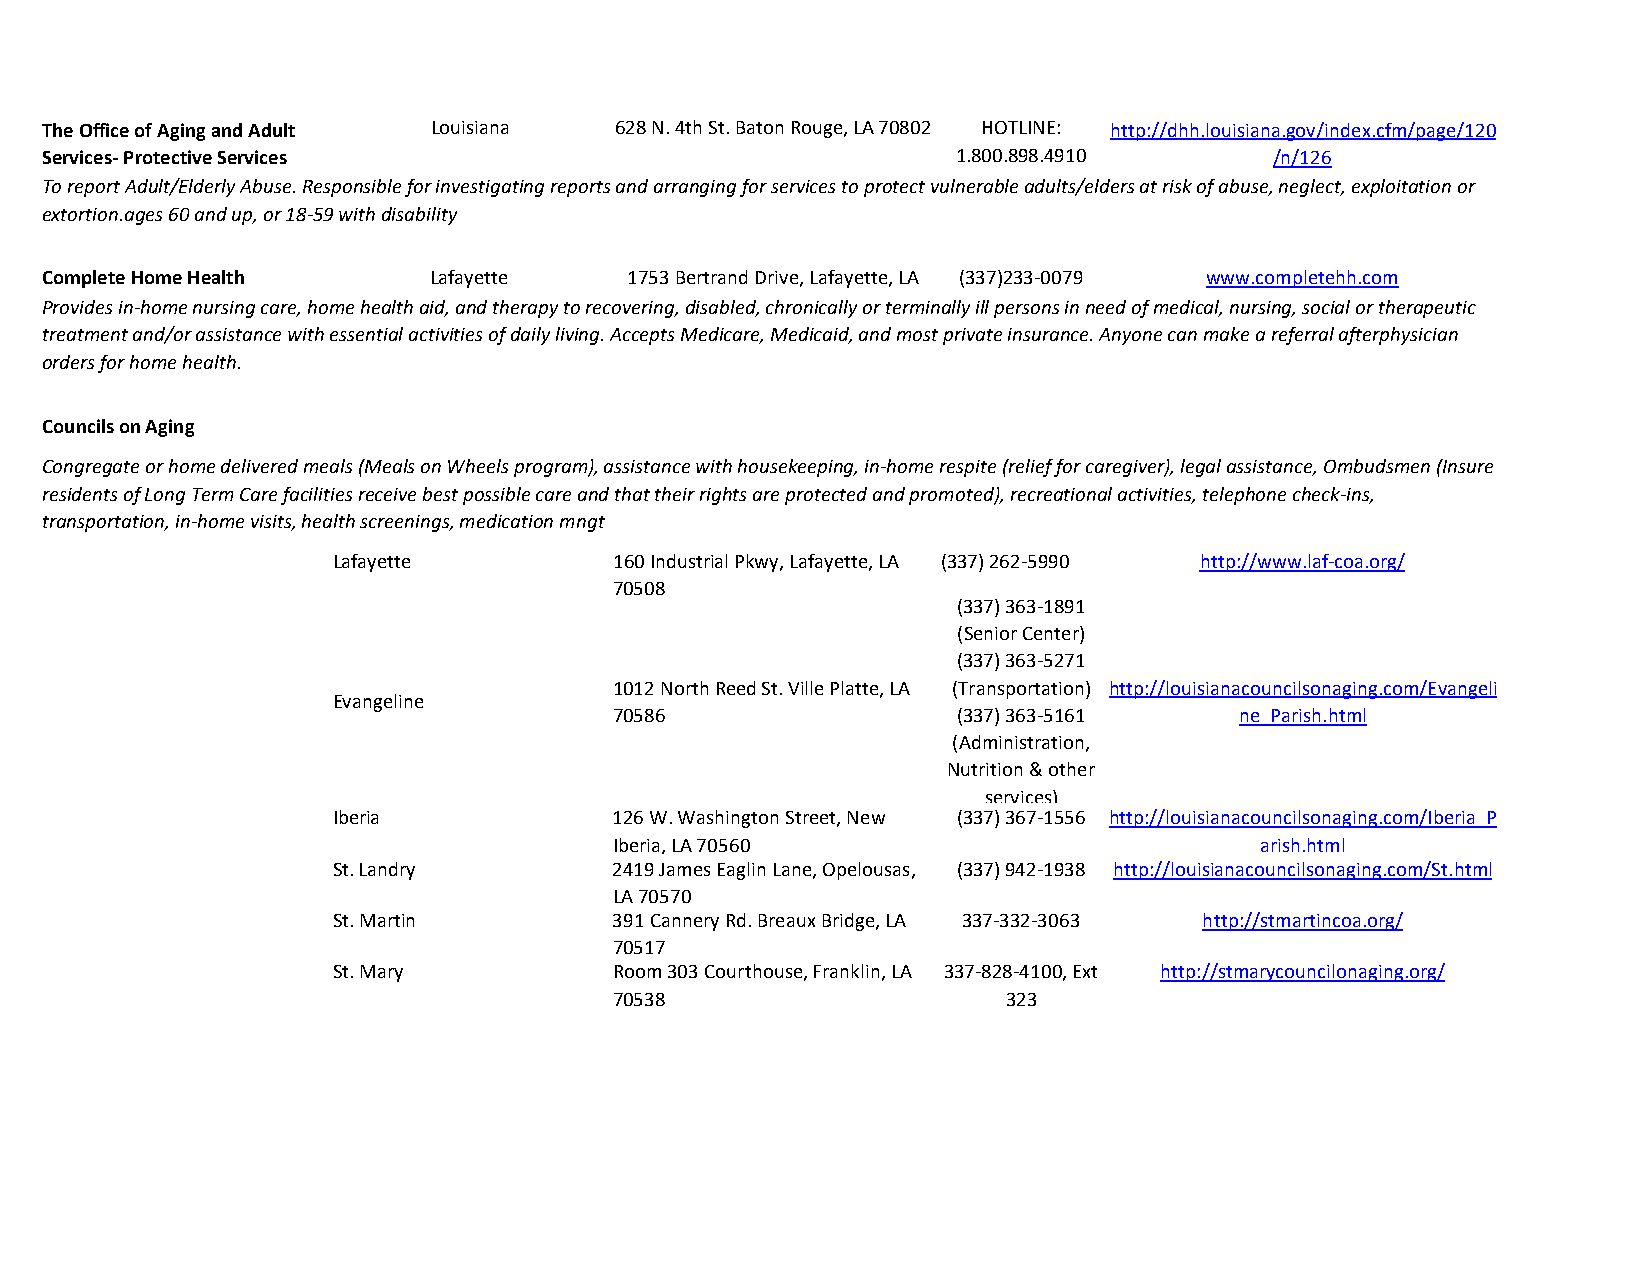
The Office of Aging and Adult Louisiana 628 N. 4th St. Baton Rouge, LA 70802 HOTLINE: http://dhh.louisiana.gov/index.cfm/page/120
 Services- Protective Services                               1.800.898.4910       /n/126
 To report Adult/Elderly Abuse. Responsible for investigating reports and arranging for services to protect vulnerable adults/elders at risk of abuse, neglect, exploitation or
 extortion.ages 60 and up, or 18-59 with disability
 Complete Home Health     Lafayette     1753 Bertrand Drive, Lafayette, LA (337)233-0079 www.completehh.com
 Provides in-home nursing care, home health aid, and therapy to recovering, disabled7,0 c5h0r6onically or terminally ill persons in need of medical, nursing, social or therapeutic
 treatment and/or assistance with essential activities of daily living. Accepts Medicare, Medicaid, and most private insurance. Anyone can make a referral afterphysician
 orders for home health.
 Councils on Aging
 Congregate or home delivered meals (Meals on Wheels program), assistance with housekeeping, in-home respite (relief for caregiver), legal assistance, Ombudsmen (Insure
 residents of Long Term Care facilities receive best possible care and that their rights are protected and promoted), recreational activities, telephone check-ins,
 transportation, in-home visits, health screenings, medication mngt
 Lafayette          160 Industrial Pkwy, Lafayette, LA (337) 262-5990 http://www.laf-coa.org/
 70508
 (337) 363-1891
 (Senior Center)
 (337) 363-5271
 1012 North Reed St. Ville Platte, LA (Transportation) http://louisianacouncilsonaging.com/Evangeli
 Evangeline
 70586                 (337) 363-5161     ne_Parish.html
 (Administration,
 Nutrition & other
 services)
 Iberia             126 W. Washington Street, New (337) 367-1556 http://louisianacouncilsonaging.com/Iberia_P
 Iberia, LA 70560                          arish.html
 St. Landry         2419 James Eaglin Lane, Opelousas, (337) 942-1938 http://louisianacouncilsonaging.com/St.html
 LA 70570
 St. Martin         391 Cannery Rd. Breaux Bridge, LA 337-332-3063 http://stmartincoa.org/
 70517
 St. Mary           Room 303 Courthouse, Franklin, LA 337-828-4100, Ext http://stmarycouncilonaging.org/
 70538                     323